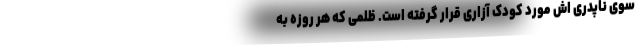
سوی ناپدری اش مورد کودک آزاری قرار گرفته است. ظلمی که هر روزه به